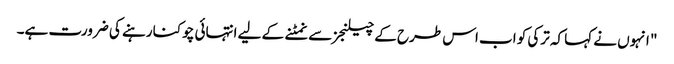
" انہوں نے کہا کہ ترکی کو اب اس طرح کے چیلنجز سے نمٹنے کے لیے انتہائی چوکنا رہنے کی ضرورت ہے۔